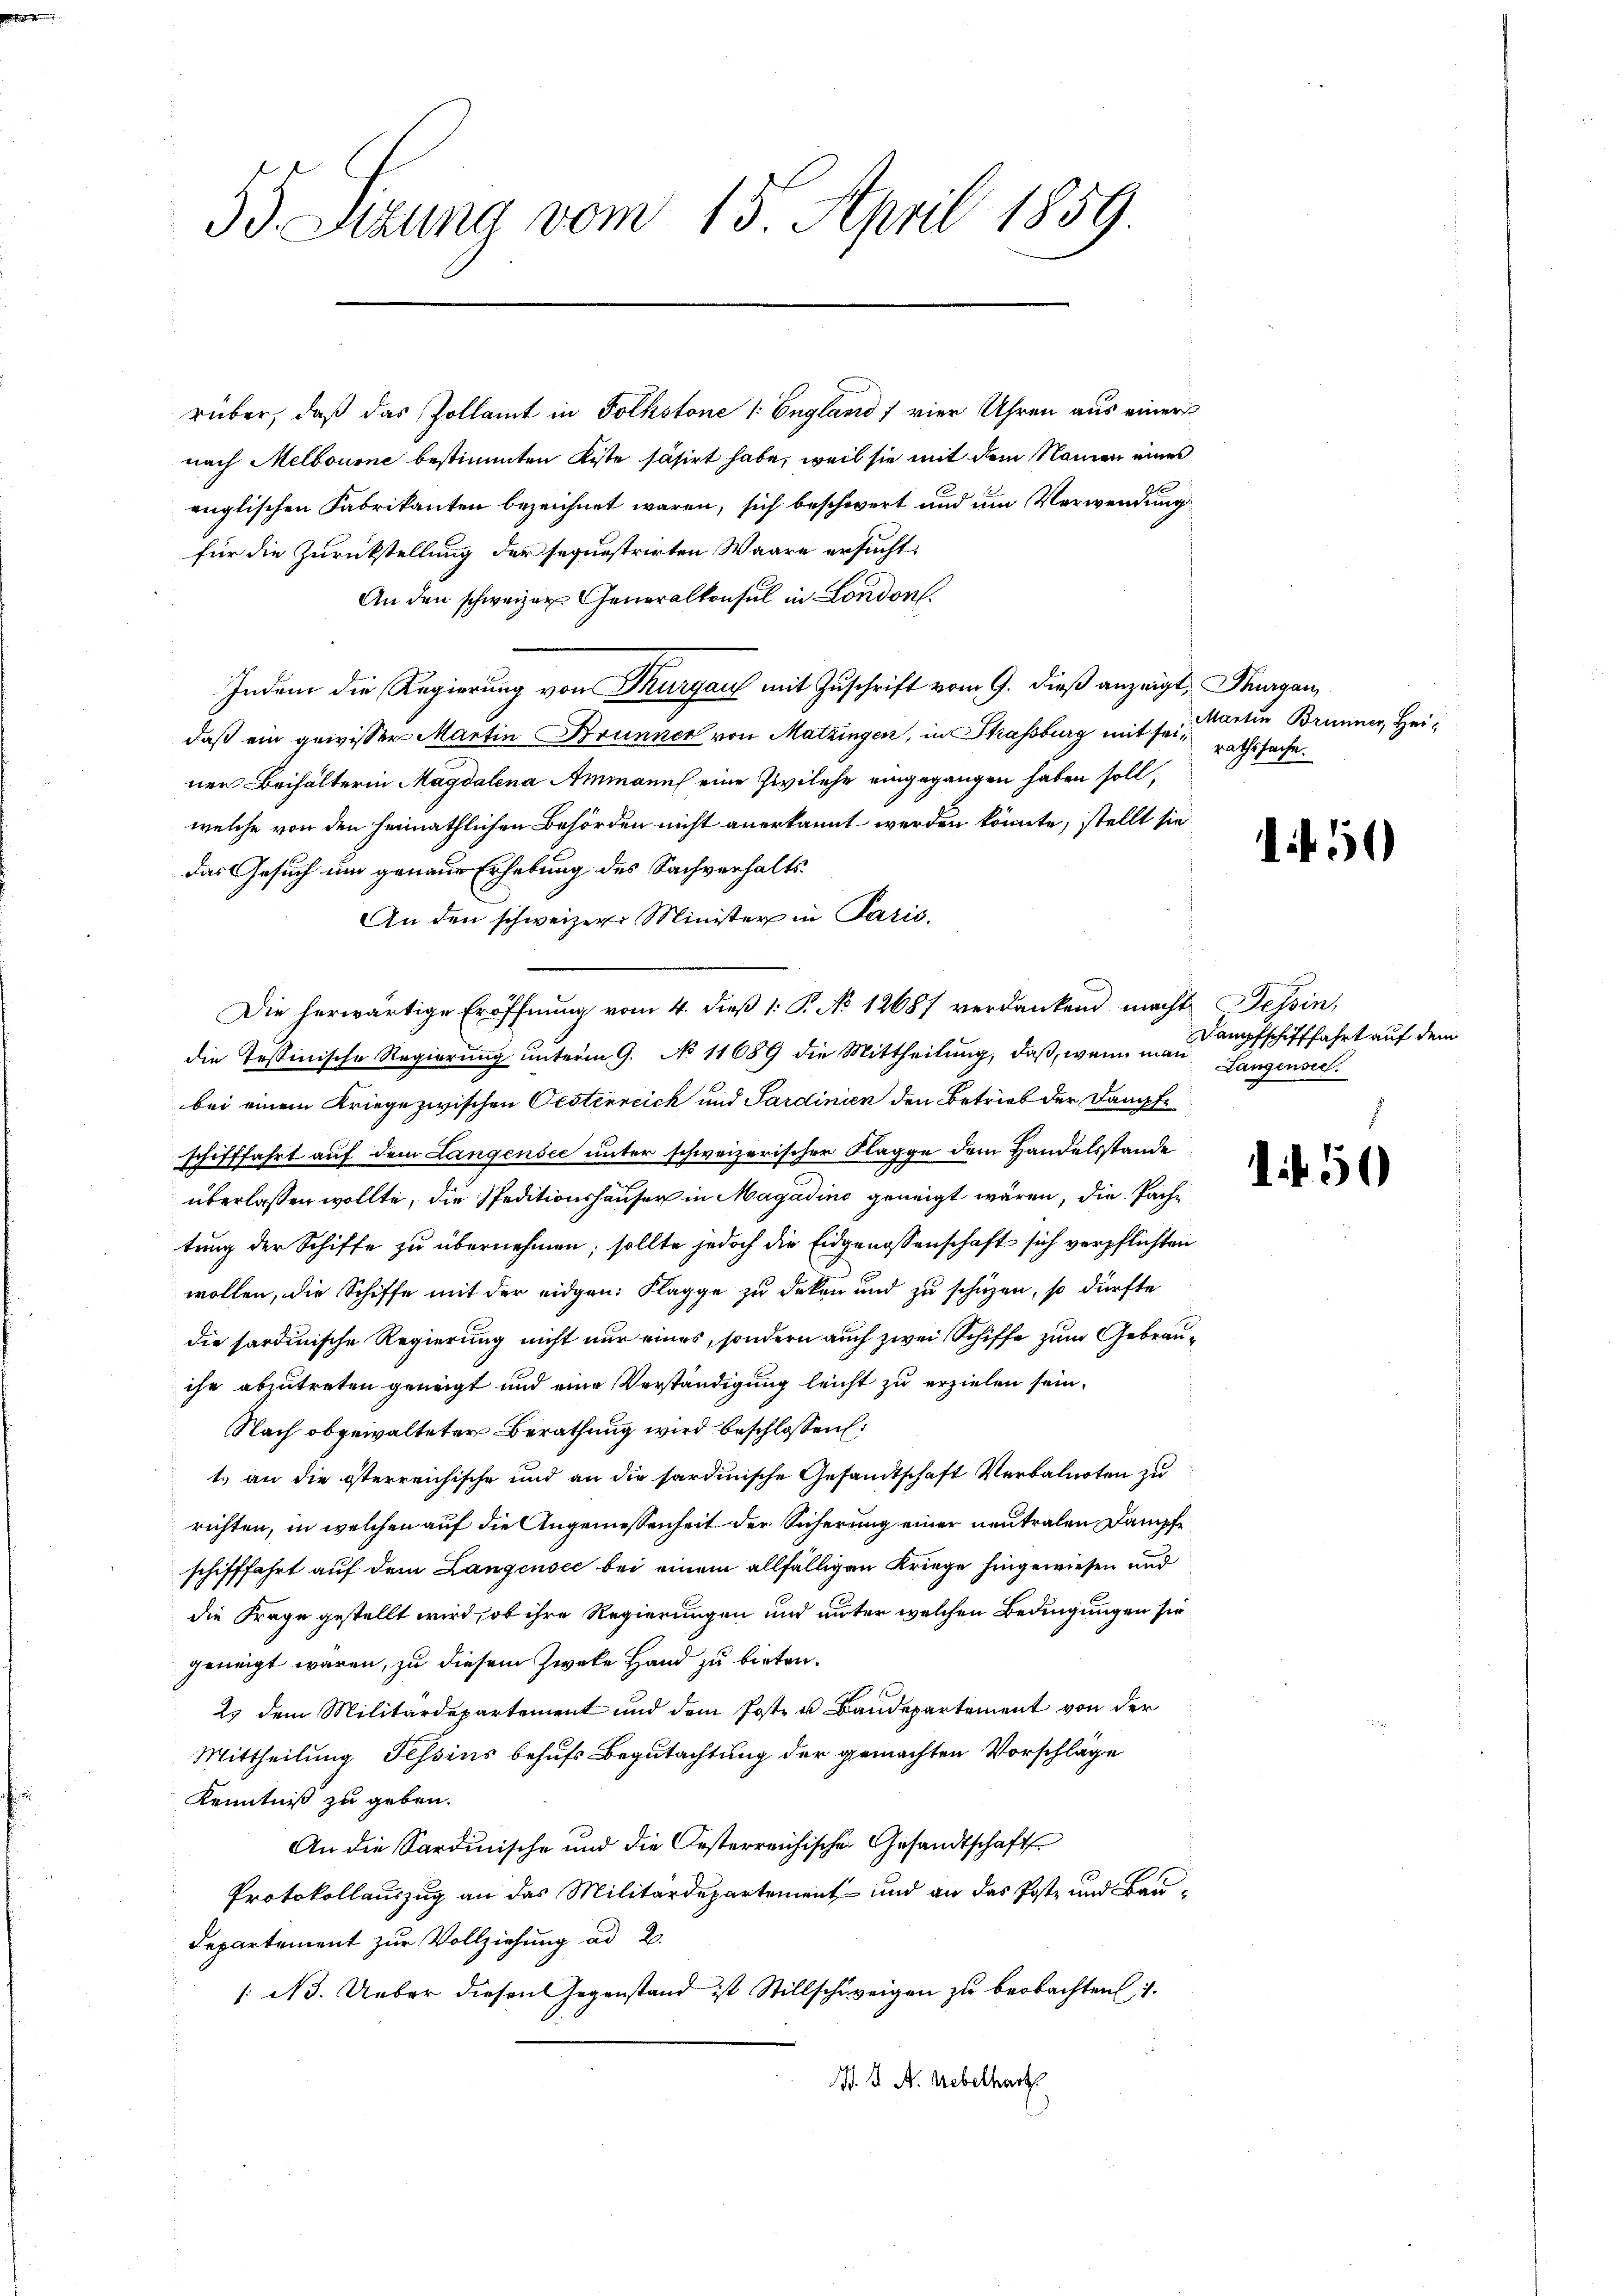
53. Sizung vom 15. April 1859.

rüber, daß das Zollamt in Folkstone 1: England) vier Uhren aus einer
nach Melbourne bestimmten Kiste säsirt habe, weil sie mit dem Namen eines
englischen Fabrikanten bezeichnet waren, sich beschwert und um Verwendung
für die Zurückstellung der sequestrirten Waare ersucht:
An den schweizer Generalkonsul in London
Indem die Regierung von Thurgau mit Zuschrift vom 9. dieß anzeigt, Thurgau,
daß ein gewisser Martin Brunner von Matzingen, in Strassburg mit sei Rathssache.
ner Beihalterin Magdalena Ammann eine Zwilche eingegangen haben soll,
welche von den heimathlichen Behörden nicht anerkannt werden könnte, stellt sie
das Gesuch um genaue Erhebung des Sachverhalts¬
An den schweizer Minister in Paris.
Die herwärtige Eröffnung vom 4. dieß 1: P. No 12687 verdankend macht Tessin,
die Tessinische Regierung unterm 9. No 11689 die Mittheilung, daß, wenn man
bei einem Kriege zwischen Oesterreich und Sardinien den Betrieb der Dampfe
schifffahrt auf dem Langendec unter schweizerischer Klagge dem Handelsstande
überlassen wollte, die Speditionshäuser in Magadino geneigt wären, die Pachtung der Schiffe zu übernehmen; sollte jedoch die Eidgenossenschaft sich verpflichten
wollen, die Schiffe mit der eidgen: Flagge zu deken und zu schüzen, so dürfte
die sardinische Regierung nicht nur eines, sondern auch zwei Schiffe zum Gebrauihr abzutreten geneigt und eine Verständigung leicht zu erzielen sein.
Nach obgewalteter Berathung wird beschlossen:
t an die österreichische und an die sardinische Gesandtschaft Verbalnoten zu
richten, in welchen auf die Angemessenheit der Sicherung einer neutralen Dampfe
schifffahrt auf dem Langensee bei einem allfälligen Kriege hingewiesen und
die Frage gestellt wird, ob ihre Regierungen und unter welchen Bedingungen sie
geneigt waren, zu diesem Zweke Hand zu bieten.
23 dem Militärdepartement und dem Post- u Baudepartement von der
Mittheilung Tessins behufs Begutachtung der gemachten Vorschläge
Kenntniß zu geben.
An die Sardinische und die Oesterreichischen Gesandtschaft
Protokollauszug an das Militärdepartement und an das Post- und Bau¬
Departement zur Vollziehung ad 2.
/ N. Ueber diesen Gegenstand ist Stillschweigen zu beobachten, u.
N. K. A. Nebelhart

Martin Brunner, Hei-

150

Dampfschifffahrt auf dem
Langensee.

150